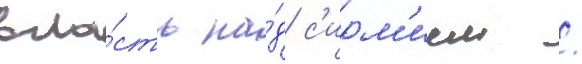
вла́сть на́д с'ирм'ием /